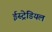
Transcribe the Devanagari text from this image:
ईस्ट्रेडियल